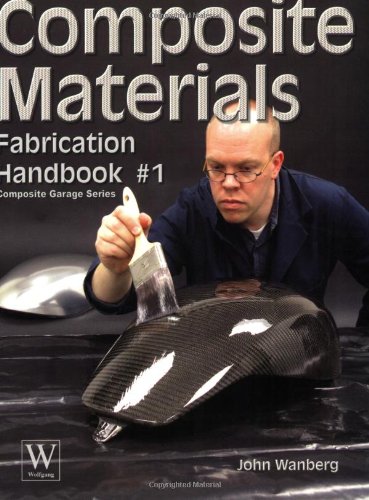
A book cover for Composite Materials: Fabrication Handbook #1 (Composite Garage Series); John Wanberg; Engineering & Transportation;